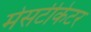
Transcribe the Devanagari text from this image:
मेसटीकेटर